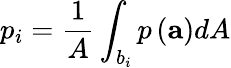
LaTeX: p_{i}=\frac{1}{A}\int_{b_{i}}p\left(\mathbf{a}\right)dA